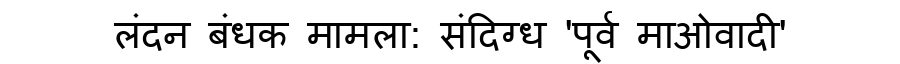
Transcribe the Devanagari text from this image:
लंदन बंधक मामला: संदिग्ध 'पूर्व माओवादी'